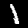
Digit: 1